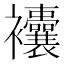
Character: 𧟘